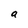
Character: a